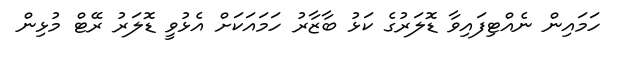
ހަމައިން ނެއްޓިފައިވާ ޑޮލަރުގެ ކަޅު ބާޒާރު ހަމައަކަށް އެޅުވީ ޑޮލަރު ރޭޓް މުޅިން